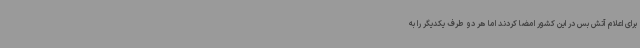
برای اعلام آتش بس در این کشور امضا کردند اما هر دو طرف یکدیگر را به